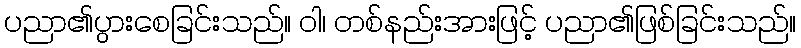
ပညာ၏ပွားစေခြင်းသည်။ ဝါ၊ တစ်နည်းအားဖြင့် ပညာ၏ဖြစ်ခြင်းသည်။